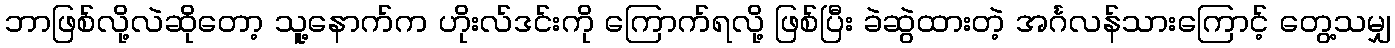
ဘာဖြစ်လို့လဲဆိုတော့ သူ့နောက်က ဟိုးလ်ဒင်းကို ကြောက်ရလို့ ဖြစ်ပြီး ခဲဆွဲထားတဲ့ အင်္ဂလန်သားကြောင့် တွေ့သမျှ